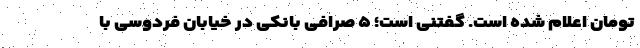
تومان اعلام شده است. گفتنی است؛ ۵ صرافی بانکی در خیابان فردوسی با